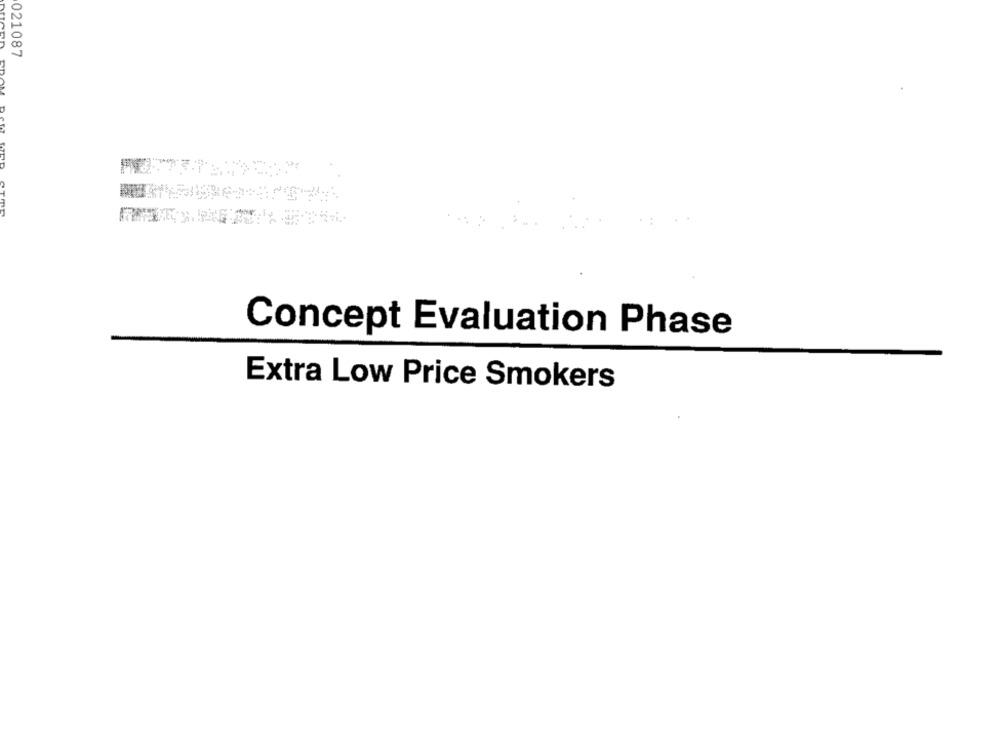
021087
Concept Evaluation Phase
Extra Low Price Smokers